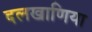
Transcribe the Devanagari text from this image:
दलखाणिया